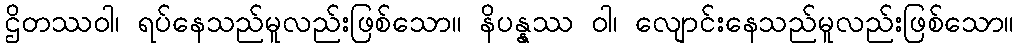
ဌိတဿဝါ၊ ရပ်နေသည်မူလည်းဖြစ်သော။ နိပန္နဿ ဝါ၊ လျောင်းနေသည်မူလည်းဖြစ်သော။